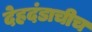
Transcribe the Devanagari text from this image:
देहदंडाचीच